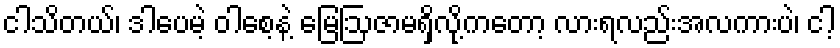
ငါသိတယ်၊ ဒါပေမဲ့ ဝါစေ့နဲ့ မြေဩဇာမရှိလို့ကတော့ လားရလည်းအလကားပဲ၊ ငါ့